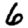
Digit: 6